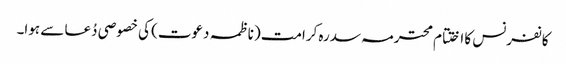
کانفرنس کا اختتام محترمہ سدرہ کرامت (ناظمہ دعوت) کی خصوصی دُعا سے ہوا۔